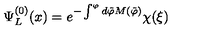
\Psi _ { L } ^ { ( 0 ) } ( x ) = e ^ { - \int ^ { \varphi } d { \tilde { \varphi } } M ( { \tilde { \varphi } } ) } \chi ( \xi )